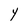
Character: Y